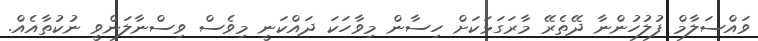
ވައްސަލާމް ފުލުހުންނާ ދޭތެރޭ މާރަގަޅަކަށް ހިސާން މިވާހަކަ ދައްކަނީ މިވެސް ވިސްނާލަންވީ ނުކުތާއެއް.